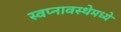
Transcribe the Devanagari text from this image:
स्वप्नावस्थेमध्ये